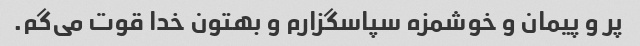
پر و پیمان و خوشمزه سپاسگزارم و بهتون خدا قوت می‌گم.